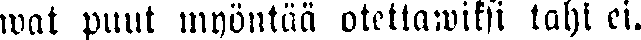
mat puut myöntää otettawiksi tahi ei.